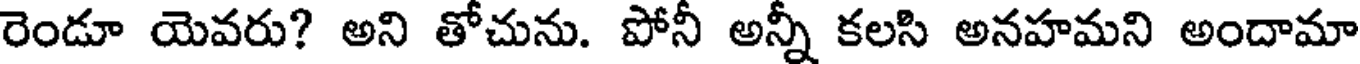
రెండూ యెవరు? అని తోచును. పోనీ అన్నీ కలసి అనహమని అందామా